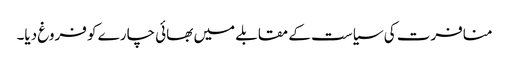
منافرت کی سیاست کے مقابلے میں بھائی چارے کو فروغ دیا۔